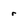
Character: r